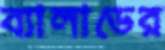
ব্যালাডের